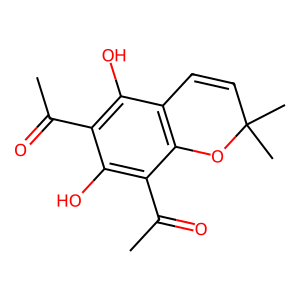
SMILES: CC(=O)c1c(O)c2c(c(C(C)=O)c1O)OC(C)(C)C=C2
Inhibits HIV replication: No